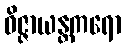
ဝိဇ္ဇာယန္တကရော